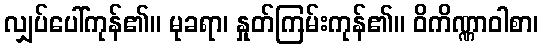
လျှပ်ပေါ်ကုန်၏။ မုခရာ၊ နှုတ်ကြမ်းကုန်၏။ ဝိကိဏ္ဏာဝါစာ၊